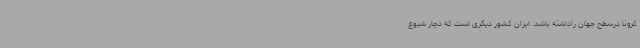
کرونا درسطح جهان راداشته باشد. ایران کشور دیگری است که دچار شیوع